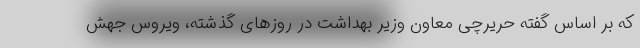
که بر اساس گفته‌ حریرچی معاون وزیر بهداشت در روزهای گذشته، ویروس جهش